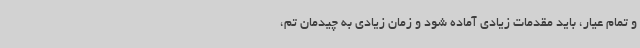
و تمام عیار، باید مقدمات زیادی آماده شود و زمان زیادی به چیدمان تم،